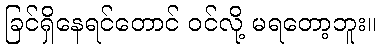
ခြင်ရှိနေရင်တောင် ဝင်လို့ မရတော့ဘူး။